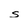
Character: s